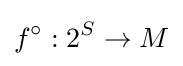
f^{\circ }:2^{S}\rightarrow M